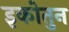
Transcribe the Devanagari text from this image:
इकोतुन